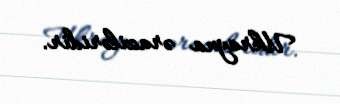
Ukrayna əraziləridir.